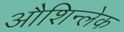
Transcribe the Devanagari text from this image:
औशिन्लेक